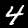
Label: 4